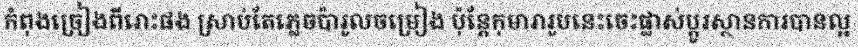
កំពុងច្រៀងពីរោះផង ស្រាប់តែភ្លេចប៉ារូលចម្រៀង ប៉ុន្តែកុមារារូបនេះចេះផ្លាស់ប្តូរស្ថានការបានល្អ